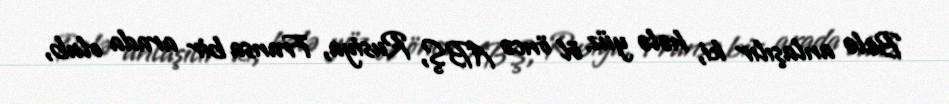
Belə anlaşılır ki, hələ yüz öl öncə ABŞ, Rusiya, Fransa bir arada olub,